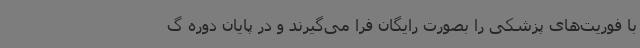
با فوریت‌های پزشکی را بصورت رایگان فرا می‌گیرند و در پایان دوره گ